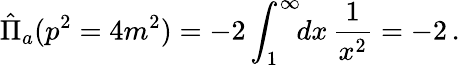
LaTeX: \hat{\Pi}_{a}(p^{2}=4m^{2})=-2\int_{1}^{\infty}\! \! dx\, \frac{1}{x^{2}}=-2\, .